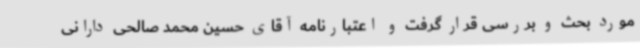
مورد بحث و بررسی قرار گرفت و اعتبارنامه آقای حسین محمد صالحی دارانی